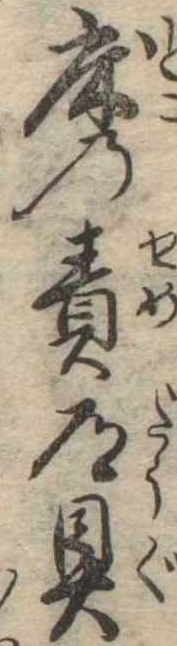
床の責道具